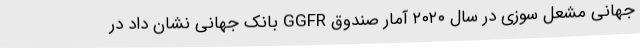
جهانی مشعل سوزی در سال ۲۰۲۰ آمار صندوق GGFR بانک جهانی نشان داد در